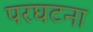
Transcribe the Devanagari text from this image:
परघटना